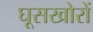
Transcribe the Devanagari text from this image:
घूसखोरों